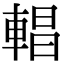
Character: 𨍆